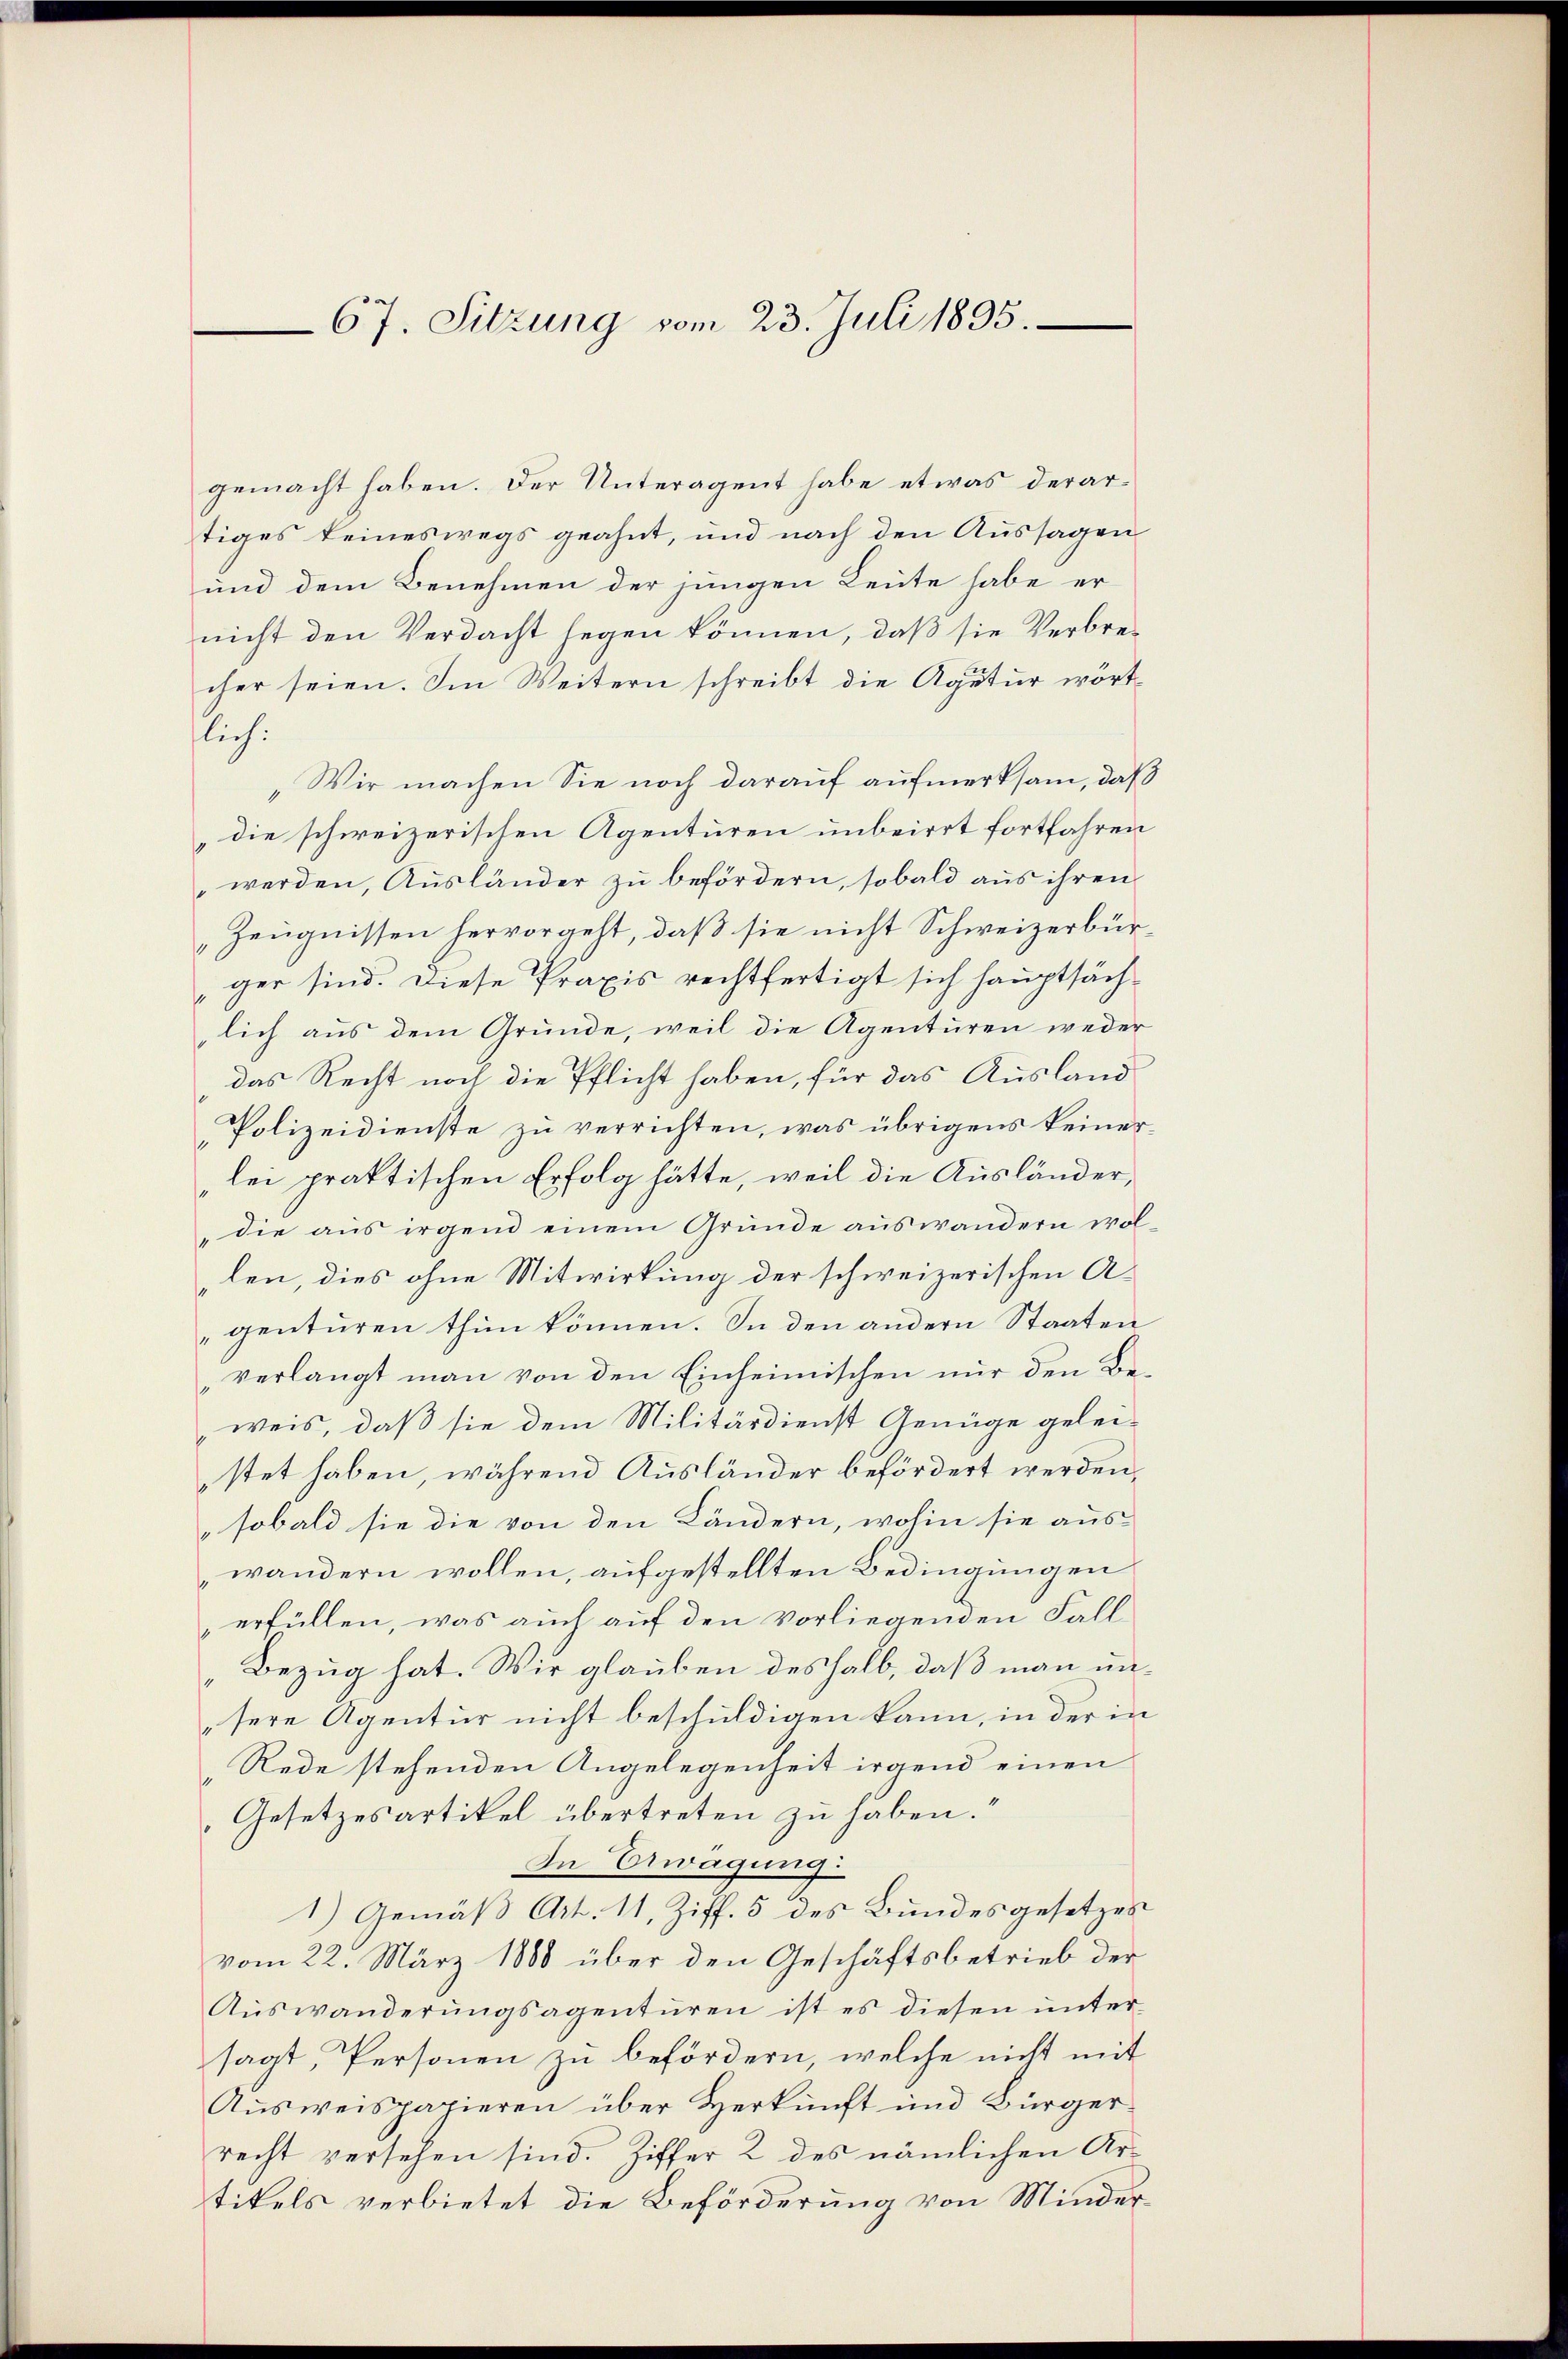
67. Sitzung vom 23. Juli 1835.

gemacht haben. Der Unteragent habe etwas derartiges keineswegs geahnt, und nach den Aussagen
und dem Benehmen der jungen Leute habe er
nicht den Verdacht hegen können, daß sie Verbrecher seien. Im Weitern schreibt die Agutur wörtlich:
„Wir machen Sie noch darauf aufmerksam, daß
die schweizerischen Agenturen unbeirrt fortfahren
werden, Ausländer zu befördern, sobald aus ihren
Zeugnissen hervorgeht, daß sie nicht Schweizerbürger sind. Diese Praxis rechtfertigt sich hauptsächlich aus dem Grunde, weil die Agenturen weder
das Recht noch die Pflicht haben, für das Ausland
Polizeidienste zu verrichten, was übrigens keinerlei praktischen Erfolg hätte, weil die Ausländer,
die aus irgend einem Gründe auswandern wol-
len, dies ohne Mitwirkung der schweizerischen Agenturen thun können. In den andern Staaten
verlangt man von den Einheimischen nur den Beweis, daß sie dem Militärdienst Genüge gelei-
stet haben, während Ausländer befördert werden,
sobald sie die von den Ländern, wohin sie aus-
wandern wollen, aufgestellten Bedingungen
erfüllen, was auch auf den vorliegenden Fall
„Bezug hat. Wir glauben deshalb, daß man unsere Agentur nicht beschuldigen kann, in der in
Rede stehenden Angelegenheit irgend einen
Gesetzesartikel übertreten zu haben.
In Erwägung
1) Gemäß Art. 11, Ziff. 5 des Bundesgesetzes
vom 22. März 1888 über den Geschäftsbetrieb der
Auswanderungsagenturen ist es diesen unter-
sagt, Personen zu befördern, welche nicht mit
Ausweispapieren über Herkunft und Bürgerrecht versehen sind. Ziffer 2 des nämlichen Artikels verbietet die Beförderung von Minder¬